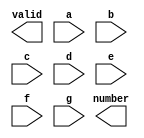
module keypad(valid, number, a, b, c, d, e, f, g);
   output 	valid;
   output [3:0] number;
   input 	a, b, c, d, e, f, g;

endmodule // keypad